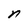
Character: n